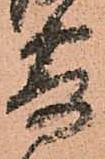
寄